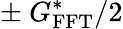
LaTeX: \pm~G_{\mathrm{FFT}}^{*}/2